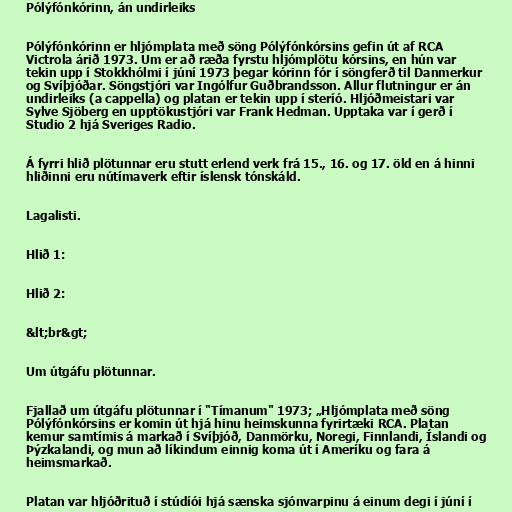
Pólýfónkórinn, án undirleiks

Pólýfónkórinn er hljómplata með söng Pólýfónkórsins gefin út af RCA
Victrola árið 1973. Um er að ræða fyrstu hljómplötu kórsins, en hún var
tekin upp í Stokkhólmi í júní 1973 þegar kórinn fór í söngferð til Danmerkur
og Svíþjóðar. Söngstjóri var Ingólfur Guðbrandsson. Allur flutningur er án
undirleiks (a cappella) og platan er tekin upp í steríó. Hljóðmeistari var
Sylve Sjöberg en upptökustjóri var Frank Hedman. Upptaka var í gerð í
Studio 2 hjá Sveriges Radio.

Á fyrri hlið plötunnar eru stutt erlend verk frá 15., 16. og 17. öld en á hinni
hliðinni eru nútímaverk eftir íslensk tónskáld.

Lagalisti.

Hlið 1:

Hlið 2:

&lt;br&gt;

Um útgáfu plötunnar.

Fjallað um útgáfu plötunnar í "Tímanum" 1973; „Hljómplata með söng
Pólýfónkórsins er komin út hjá hinu heimskunna fyrirtæki RCA. Platan
kemur samtímis á markað í Svíþjóð, Danmörku, Noregi, Finnlandi, Íslandi og
Þýzkalandi, og mun að líkindum einnig koma út í Ameríku og fara á
heimsmarkað.

Platan var hljóðrituð í stúdíói hjá sænska sjónvarpinu á einum degi í júní í